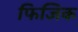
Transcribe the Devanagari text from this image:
फिजिक